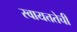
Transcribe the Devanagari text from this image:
स्वायत्ततेची